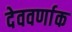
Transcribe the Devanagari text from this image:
देववर्णाक